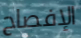
الإفصاح